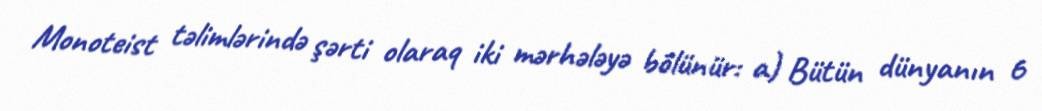
Monoteist təlimlərində şərti olaraq iki mərhələyə bölünür: a) Bütün dünyanın 6